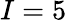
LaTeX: I=5